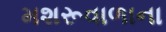
મશરૂવાળાના